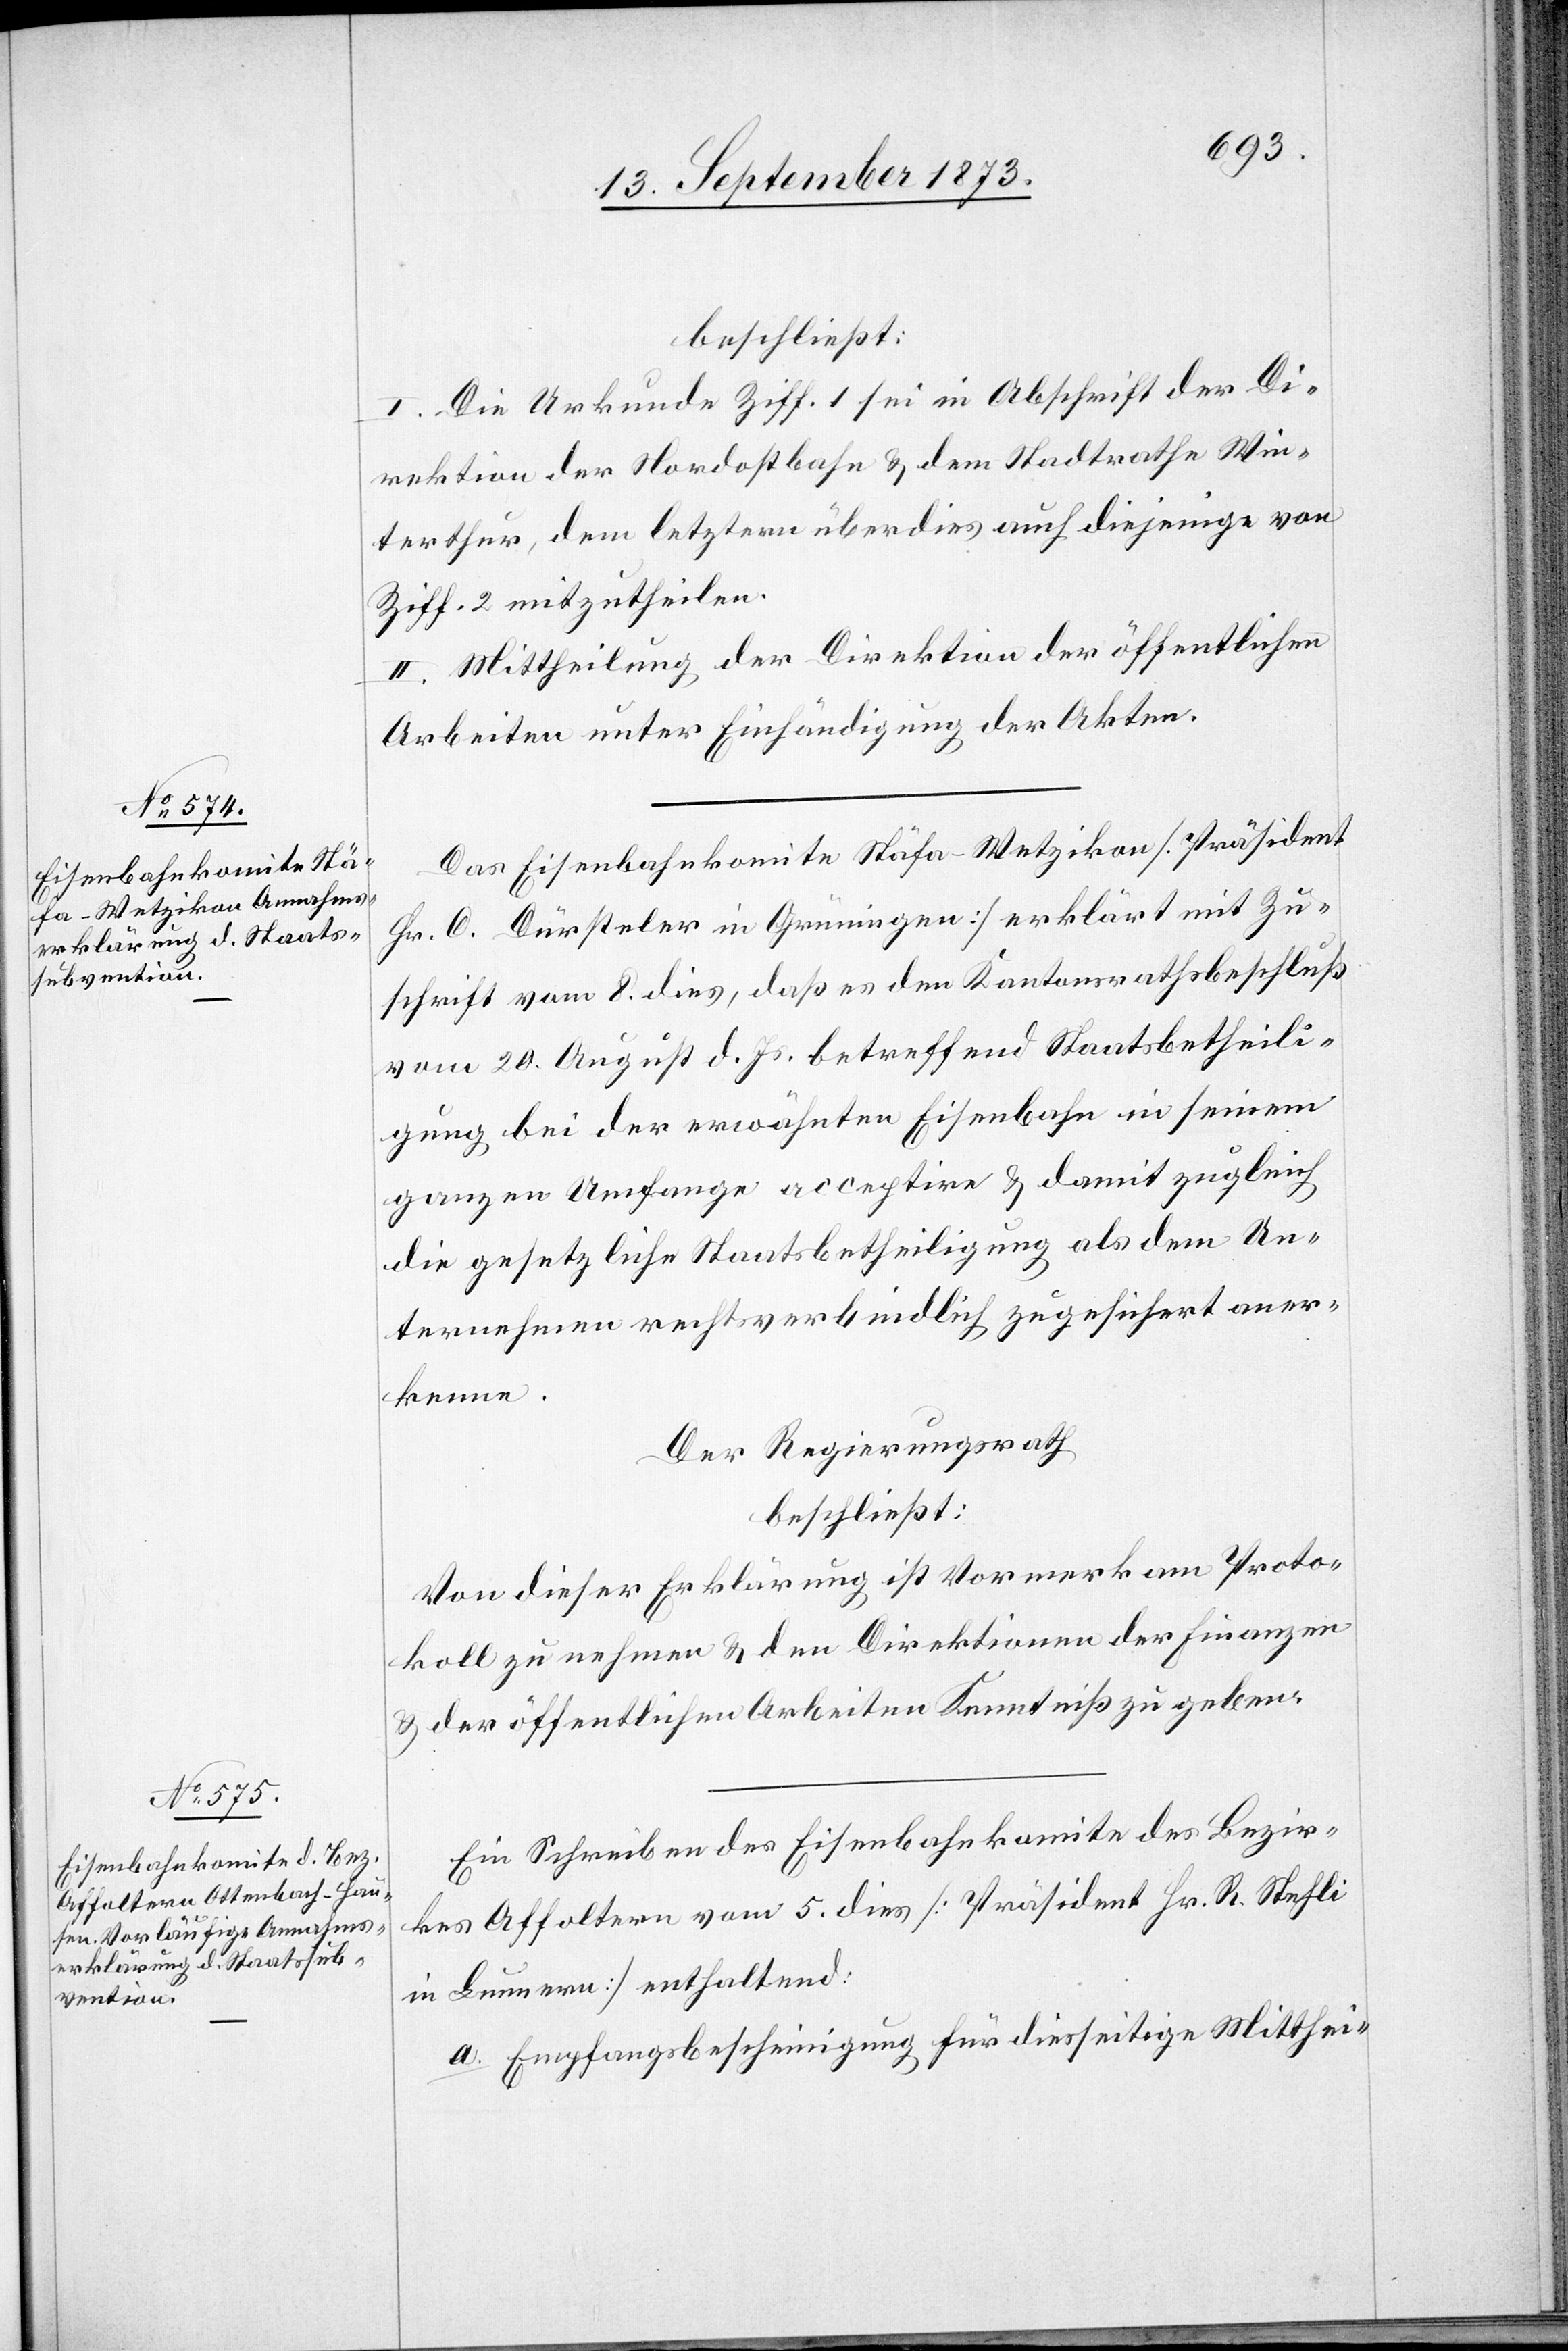
beschließt:
I. Die Urkunde Ziff. 1 sei in Abschrift der Di¬
rektion der Nordostbahn & dem Stadtrathe Win¬
terthur, dem letztern überdies auch diejenige von
Ziff. 2 mitzutheilen.
II. Mittheilung der Direktion der öffentlichen
Arbeiten unter Einhändigung der Akten.
Das Eisenbahnkomite Stäfa–Wetzikon [Präsident
Hr. C. Dürsteler in Grüningen] erklärt mit Zu¬
schrift vom 8. dies, daß es den Kantonsrathsbeschluß
vom 20. August d. Js. betreffend Staatsbetheili¬
gung bei der erwähnten Eisenbahn in seinem
ganzen Umfange acceptire & damit zugleich
die gesetzliche Staatsbetheiligung als dem Un¬
ternehmen rechtsverbindlich zugesichert aner¬
kenne.
Der Regierungsrath
beschließt:
Von dieser Erklärung ist Vormerk am Proto¬
koll zu nehmen & den Direktionen der Finanzen
& der öffentlichen Arbeiten Kenntniß zu geben.
Ein Schreiben des Eisenbahnkomite des Bezir¬
kes Affoltern vom 5. dies [Präsident Hr. R. Stehli
in Lunnern] enthaltend:
a. Empfangsbescheinigung für diesseitige Mitthei-